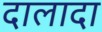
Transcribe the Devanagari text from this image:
दालादा